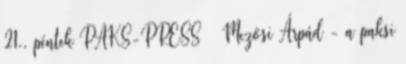
21., péntek PAKS-PRESS – Mezősi Árpád - a paksi